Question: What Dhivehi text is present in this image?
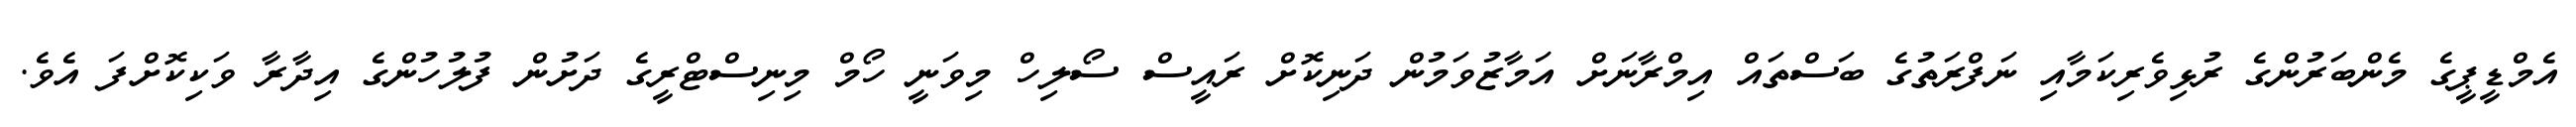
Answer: އެމްޑީޕީގެ މެންބަރުންގެ ރުޅިވެރިކަމާއި ނަފްރަތުގެ ބަސްތައް އިމްރާނަށް އަމާޒުވަމުން ދަނިކޮށް ރައީސް ސޯލިހް މިވަނީ ހޯމް މިނިސްޓްރީގެ ދަށުން ފުލުހުންގެ އިދާރާ ވަކިކޮށްފަ އެވެ.